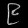
Digit: ၉